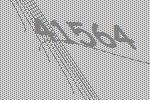
41564